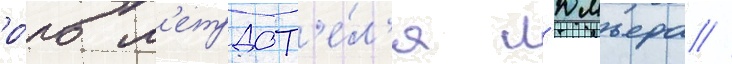
ро́ль м'етрдот'е́л'я л'юмьера //